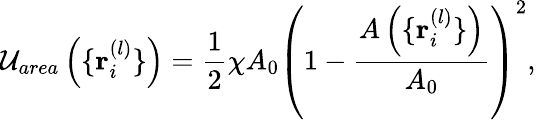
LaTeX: {{\cal U}_{area}\left(\{ {\mathbf r}_{i}^{(l)}\} \right)=\frac{1}{2}\chi A_{0}\left(1-\frac{A\left(\{ {\mathbf r}_{i}^{(l)}\} \right)}{A_{0}}\right)^{2},}